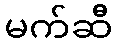
မက်ဆီ